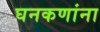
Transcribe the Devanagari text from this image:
घनकणांना